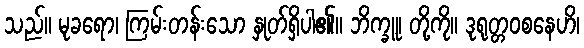
သည်။ မုခရော၊ ကြမ်းတန်းသော နှုတ်ရှိပါ၏။ ဘိက္ခူ၊ တို့ကို။ ဒုရုတ္တဝစနေဟိ၊